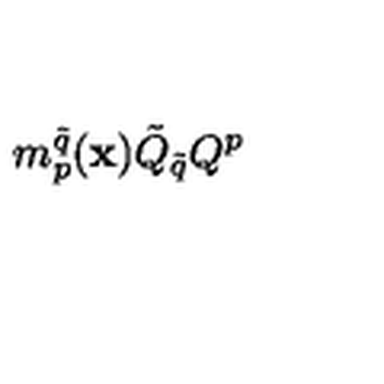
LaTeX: m _ { p } ^ { \tilde { q } } ( { \bf x } ) \tilde { Q } _ { \tilde { q } } Q ^ { p }